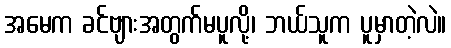
အမေက ခင်ဗျားအတွက်မပူလို့၊ ဘယ်သူက ပူမှာတဲ့လဲ။